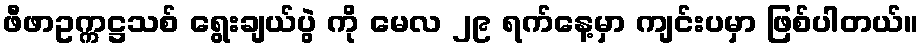
ဖီဖာဥက္ကဋ္ဌသစ် ရွေးချယ်ပွဲ ကို မေလ ၂၉ ရက်နေ့မှာ ကျင်းပမှာ ဖြစ်ပါတယ်။